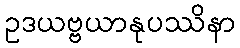
ဥဒယဗ္ဗယာနုပဿိနာ